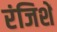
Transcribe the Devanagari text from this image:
रंजिशें